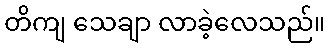
တိကျ သေချာ လာခဲ့လေသည်။